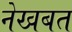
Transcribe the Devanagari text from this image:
नेखबत